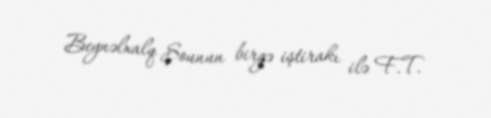
Beynəlxalq Şounun birgə iştirakı ilə F.T.